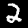
Digit: 2